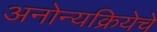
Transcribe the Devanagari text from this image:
अनोन्यक्रियेचे